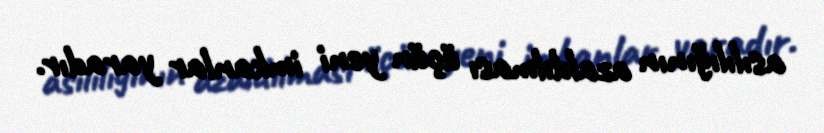
asılılığının azaldılması üçün yeni imkanlar yaradır.